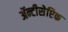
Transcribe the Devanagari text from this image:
ॲन्टीसेप्टिक